65_HS1-834228961_62-HQ-83894_Section_6
Agency: FBI
Page 132
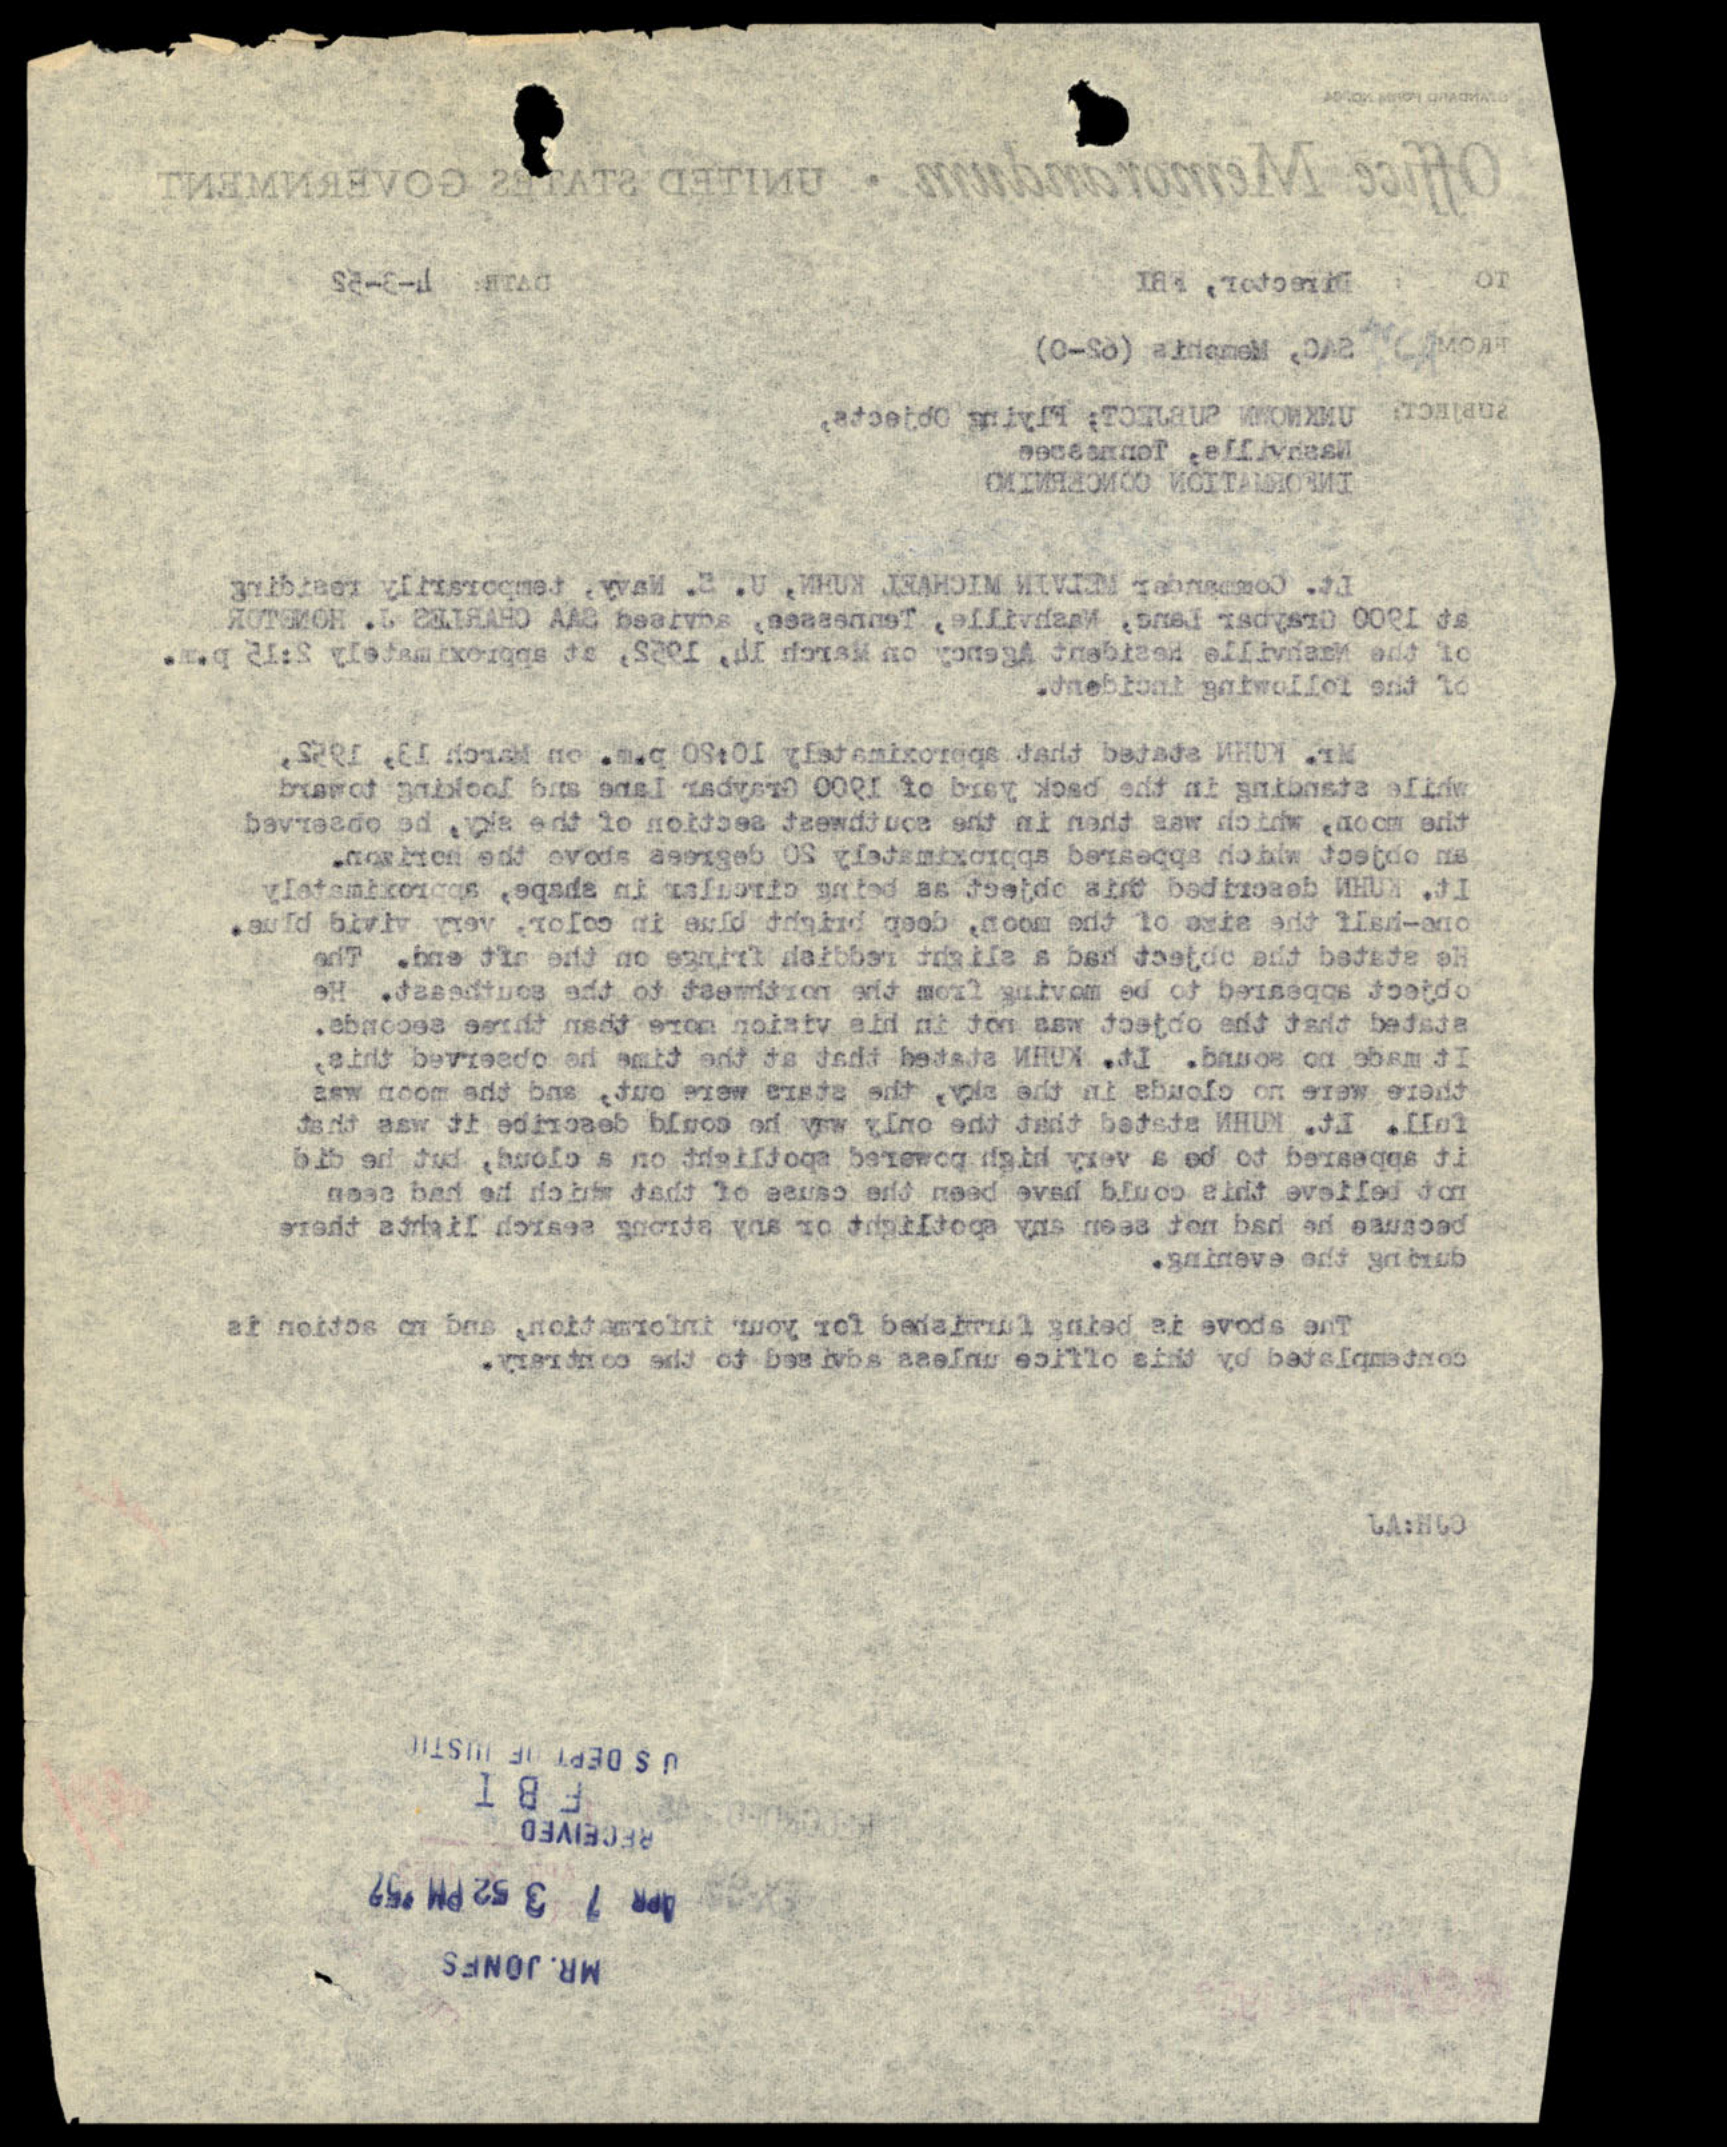